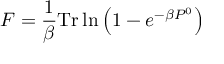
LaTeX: F = \frac { 1 } { \beta } \mathrm { T r } \ln \left( 1 - e ^ { - \beta P ^ { 0 } } \right)